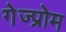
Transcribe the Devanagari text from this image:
गेज्प्रोम